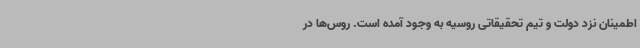
اطمینان نزد دولت و تیم تحقیقاتی روسیه به وجود آمده است. روس‌ها در